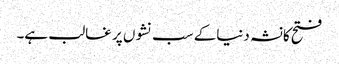
فتح کانشہ دنیاکے سب نشوں پر غالب ہے۔